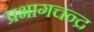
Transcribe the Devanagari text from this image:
प्रभागचन्द्र